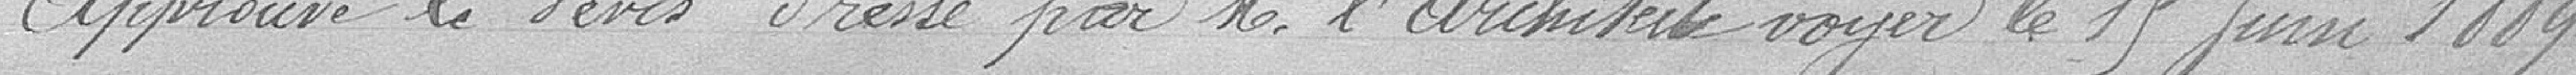
approuve le devis dressé par Monsieur l'architecte voyer le 15 juin 1889.